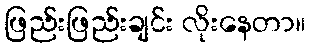
ဖြည်းဖြည်းချင်း လိုးနေတာ။